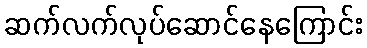
ဆက်လက်လုပ်ဆောင်နေကြောင်း